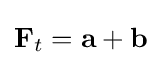
\mathbf {F} _{t}={\mathbf {\mathbf {a} }}+{\mathbf {\mathbf {b} }}